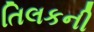
તિલકની